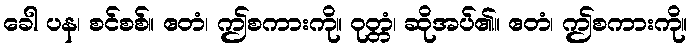
ခေါ ပန၊ စင်စစ်။ ဧတံ၊ ဤစကားကို။ ဝုတ္တံ၊ ဆိုအပ်၏။ ဧတံ၊ ဤစကားကို။